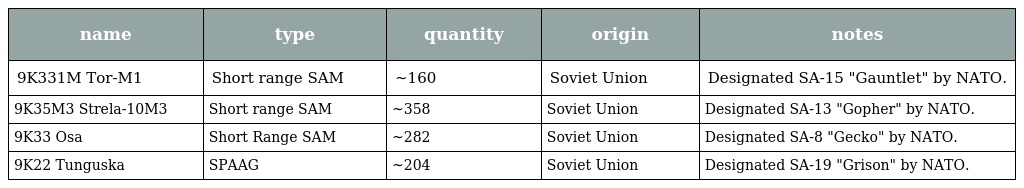
| name | type | quantity | origin | notes |
 | --- | --- | --- | --- | --- |
 | 9K331M Tor-M1 | Short range SAM | ~160 | Soviet Union | Designated SA-15 "Gauntlet" by NATO. |
 | 9K35M3 Strela-10M3 | Short range SAM | ~358 | Soviet Union | Designated SA-13 "Gopher" by NATO. |
 | 9K33 Osa | Short Range SAM | ~282 | Soviet Union | Designated SA-8 "Gecko" by NATO. |
 | 9K22 Tunguska | SPAAG | ~204 | Soviet Union | Designated SA-19 "Grison" by NATO. |